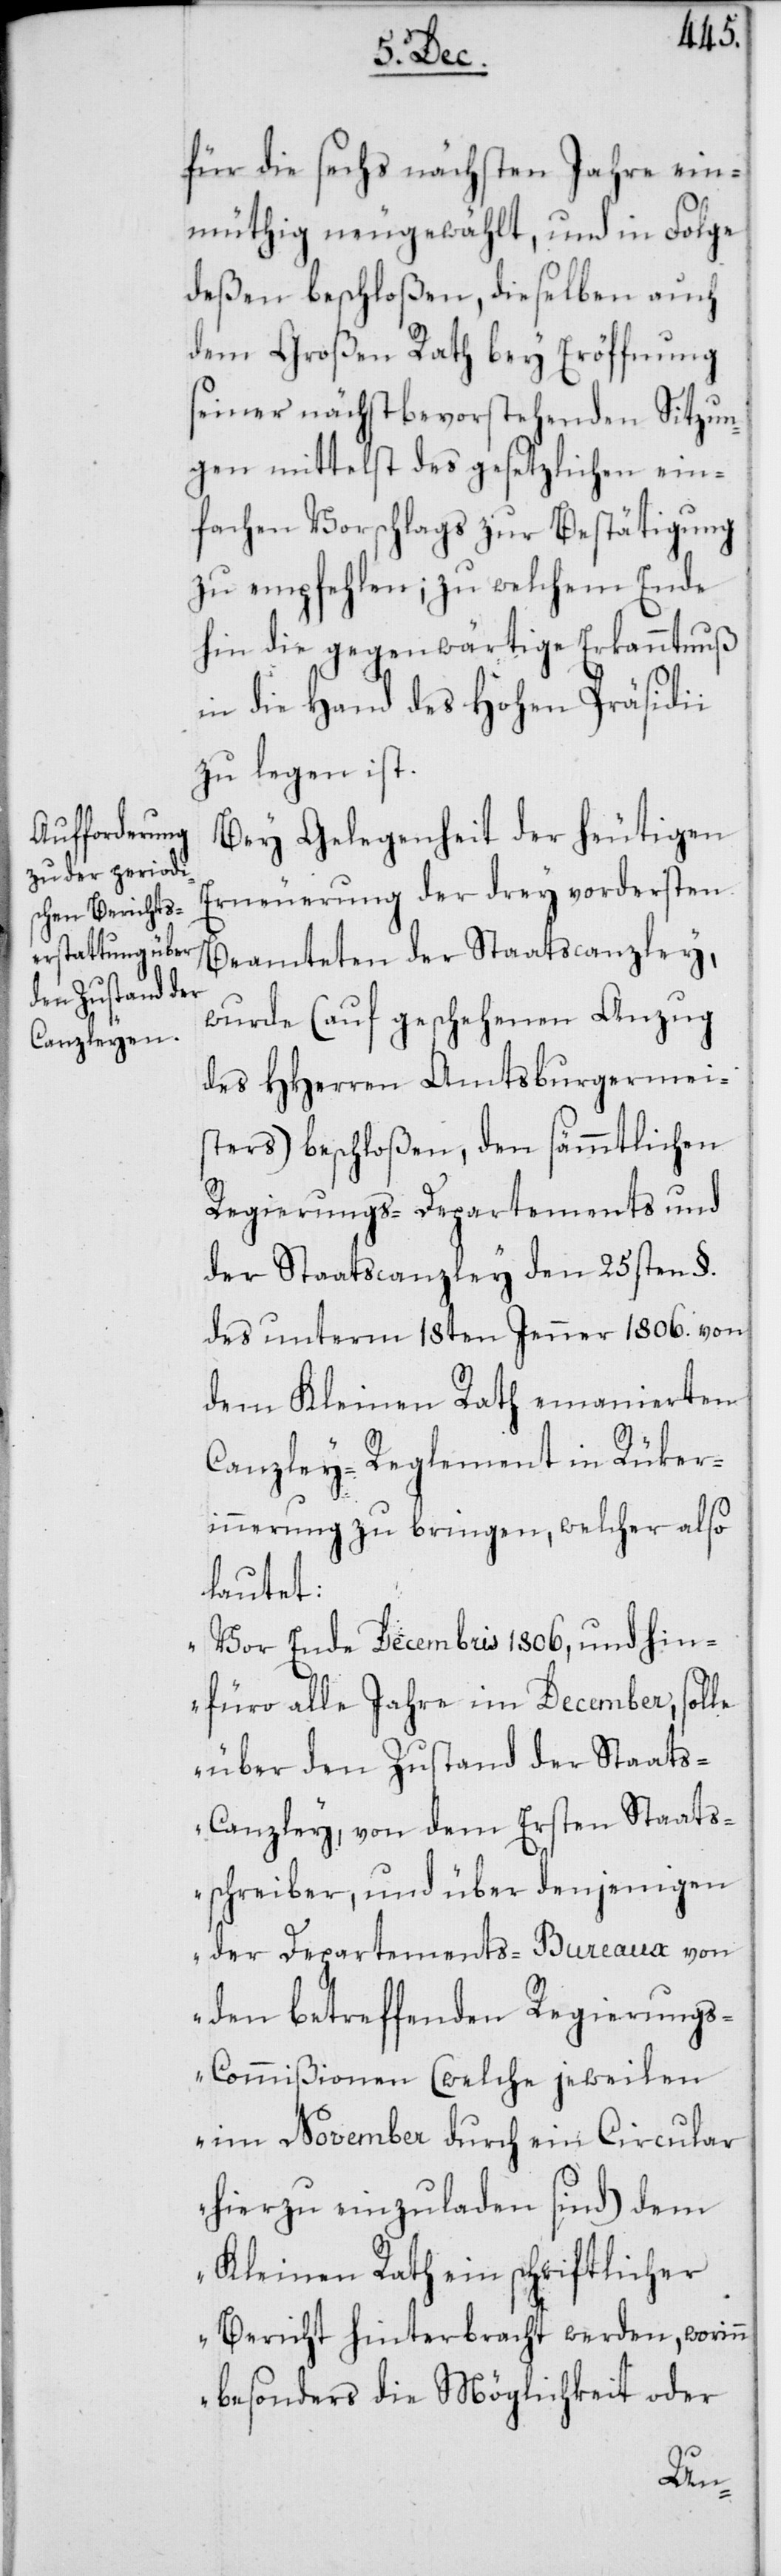
für die sechs nächsten Jahre ein¬
müthig neugewählt, und in Folge
deßen beschloßen, dieselben auch
dem Großen Rath bey Eröffnung
seiner nächstbevorstehenden Sitzun¬
gen mittelst des gesetzlichen ein¬
fachen Vorschlags zur Bestätigung
zu empfehlen; zu welchem Ende
hin die gegenwärtige Erkanntnuß
in die Hand des Hohen Präsidii
zu legen ist.
Bey Gelegenheit der heutigen
Erneuerung der drey vordersten
Beamteten der Staatscanzley,
wurde (auf geschehenen Anzug
des HHerren Amtsburgermei¬
sters) beschloßen, den sämmtlichen
Regierungs-Departements und
der Staatscanzley den 25sten §.
des unterm 18ten Jenner 1806. von
dem Kleinen Rath emanierten
Canzley-Reglement in Rüker¬
innerung zu bringen, welcher also
lautet:
„Vor Ende Decembris 1806, und hin¬
füro alle Jahre im December, solle
über den Zustand der Staats-C¬
anzley, von dem Ersten Staats¬
schreiber, und über denjenigen
der Departements-Bureaux von
den betreffenden Regierung¬
s-Commißionen (welche jeweilen
im November durch ein Circular
hierzu einzuladen sind) dem
Kleinen Rath ein schriftlicher
Bericht hinterbracht werden, worinn
besonders die Möglichkeit oder